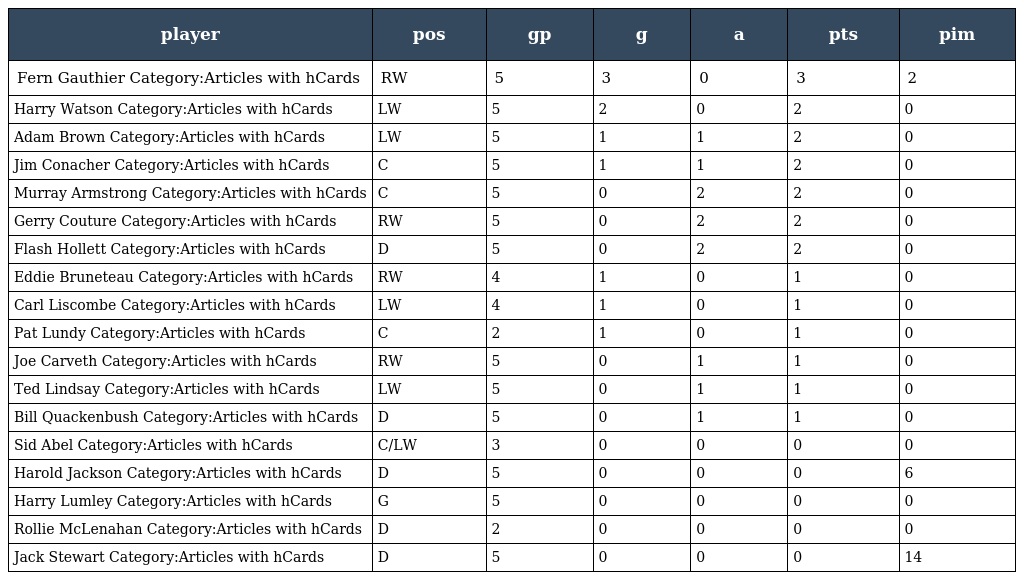
| player | pos | gp | g | a | pts | pim |
 | --- | --- | --- | --- | --- | --- | --- |
 | Fern Gauthier Category:Articles with hCards | RW | 5 | 3 | 0 | 3 | 2 |
 | Harry Watson Category:Articles with hCards | LW | 5 | 2 | 0 | 2 | 0 |
 | Adam Brown Category:Articles with hCards | LW | 5 | 1 | 1 | 2 | 0 |
 | Jim Conacher Category:Articles with hCards | C | 5 | 1 | 1 | 2 | 0 |
 | Murray Armstrong Category:Articles with hCards | C | 5 | 0 | 2 | 2 | 0 |
 | Gerry Couture Category:Articles with hCards | RW | 5 | 0 | 2 | 2 | 0 |
 | Flash Hollett Category:Articles with hCards | D | 5 | 0 | 2 | 2 | 0 |
 | Eddie Bruneteau Category:Articles with hCards | RW | 4 | 1 | 0 | 1 | 0 |
 | Carl Liscombe Category:Articles with hCards | LW | 4 | 1 | 0 | 1 | 0 |
 | Pat Lundy Category:Articles with hCards | C | 2 | 1 | 0 | 1 | 0 |
 | Joe Carveth Category:Articles with hCards | RW | 5 | 0 | 1 | 1 | 0 |
 | Ted Lindsay Category:Articles with hCards | LW | 5 | 0 | 1 | 1 | 0 |
 | Bill Quackenbush Category:Articles with hCards | D | 5 | 0 | 1 | 1 | 0 |
 | Sid Abel Category:Articles with hCards | C/LW | 3 | 0 | 0 | 0 | 0 |
 | Harold Jackson Category:Articles with hCards | D | 5 | 0 | 0 | 0 | 6 |
 | Harry Lumley Category:Articles with hCards | G | 5 | 0 | 0 | 0 | 0 |
 | Rollie McLenahan Category:Articles with hCards | D | 2 | 0 | 0 | 0 | 0 |
 | Jack Stewart Category:Articles with hCards | D | 5 | 0 | 0 | 0 | 14 |